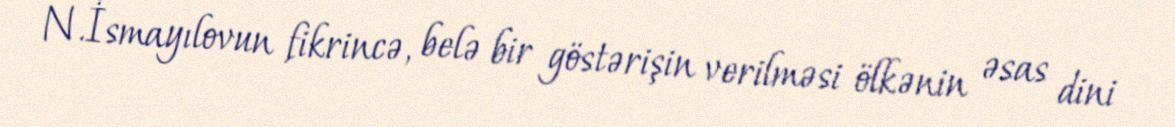
N.İsmayılovun fikrincə, belə bir göstərişin verilməsi ölkənin əsas dini